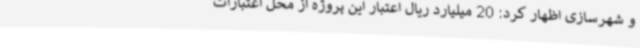
و شهرسازی اظهار کرد: 20 میلیارد ریال اعتبار این پروژه از محل اعتبارات